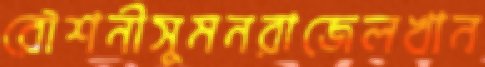
রৌশনীসুমনরাজেলখান